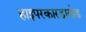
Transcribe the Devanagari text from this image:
हाइपरकारडायोड